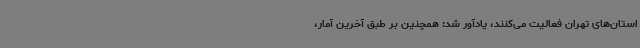
استان‌های تهران فعالیت می‌کنند، یادآور شد: همچنین بر طبق آخرین آمار،